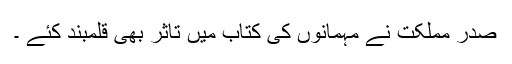
صدر مملکت نے مہمانوں کی کتاب میں تاثر بھی قلمبند کئے ۔